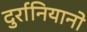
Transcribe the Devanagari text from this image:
दुर्रानियानो